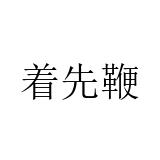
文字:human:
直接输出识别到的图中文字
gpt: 着先鞭